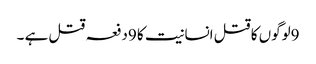
9لوگوں کا قتل انسانیت کا 9دفعہ قتل ہے ۔